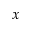
\boldsymbol { x }